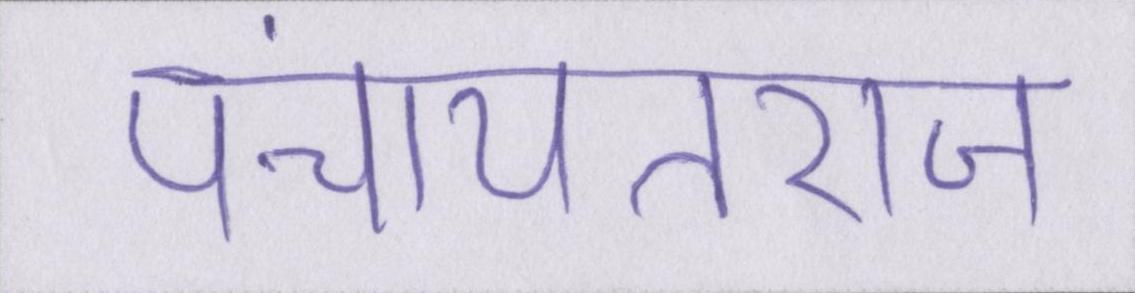
पंचायतराज